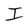
Character: I